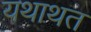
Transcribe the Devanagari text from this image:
यथाथत